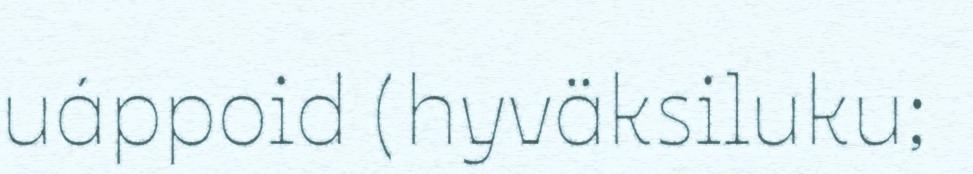
uáppoid (hyväksiluku;